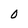
Character: 0